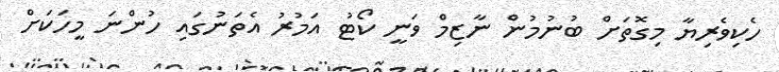
ހެކިވެރިޔާ މިގޮތަށް ބުނުމުން ނާޒިމް ވަނީ ކޯޓު އަމުރު އެތަނުގައި ހުންނަ މީހަކަށް